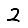
Digit: 2